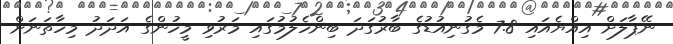
ނޭޕާލަށް އިއްޔެއައި 7.8 މެގުނިއުޑުގެ ބާރުގަދަ ބިންހެލުމުގައި މަރުވި މީހުންގެ އަދަދު މިހާތަނަށް